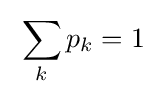
\;\sum _{k}p_{k}=1